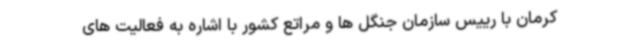
کرمان با رییس سازمان جنگل ها و مراتع کشور با اشاره به فعالیت های